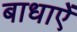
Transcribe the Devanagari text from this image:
बाधाऐं